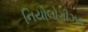
નિયોલોગીઝમ